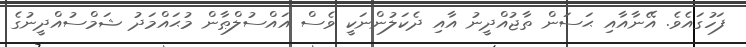
ފަހުގައެވެ. އޭނާއާއި ޙަސަން ތާޖުއްދީނު އާއި ދެކަލުންނަކީ ވެސް އައްސުލްޠާން މުޙައްމަދު ޝަމްސުއްދީނުގެ